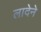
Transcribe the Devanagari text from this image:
लादेने